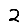
Digit: 2